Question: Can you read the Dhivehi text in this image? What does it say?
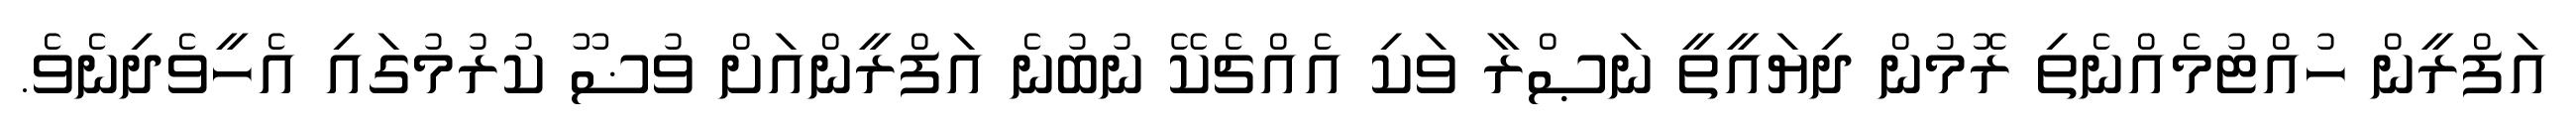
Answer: އަފްރީން ހުއްޓުމެއްނެތި ރޮމުން ދިޔައީތީ ނަޞްރާ ވަކި އެއްޗެކޭ ނުބުނެ އަފްރީންއަށް ވުޟޫ ކުރުމުގައި އެހީވެދިނެވެ.